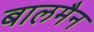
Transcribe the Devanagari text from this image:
बालमैन